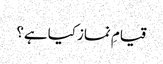
قیامِ نماز کیا ہے؟